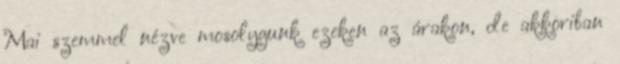
Mai szemmel nézve mosolygunk ezeken az árakon, de akkoriban